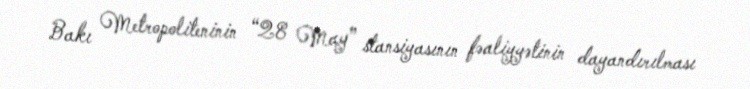
Bakı Metropoliteninin “28 May” stansiyasının fəaliyyətinin dayandırılması